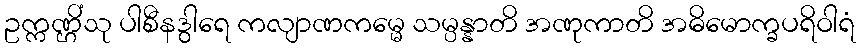
ဥက္ကဏ္ဌိံသု ပါစီနဒွါရေ ကလျာဏကမ္မေ သမ္ပန္နာတိ အဏုကာတိ အဓိမောက္ခပရိဝါရံ